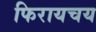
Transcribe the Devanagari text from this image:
फिरायचय